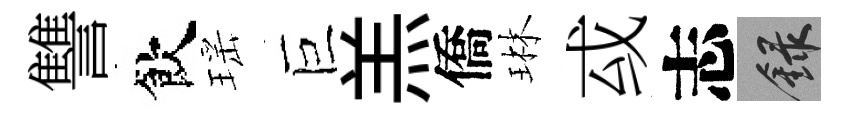
讐飲瑶巨羔僑琳㦯志録